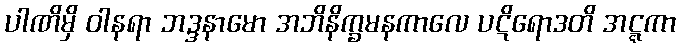
ပါဏိမှိ ဝါနရာ ဘဒ္ဒနာမော အဘိနိက္ခမနကာလေ ပဋိရောဒတိ အဋ္ဋကာ